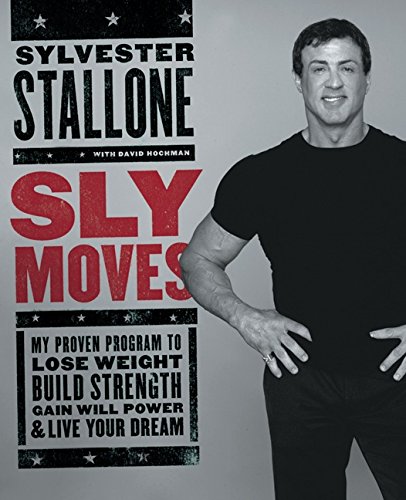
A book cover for Sly Moves: My Proven Program to Lose Weight, Build Strength, Gain Will Power, and Live your Dream; Sylvester Stallone; Cookbooks, Food & Wine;